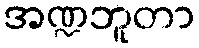
အဏ္ဍဘူတာ